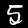
Label: 5